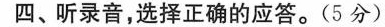
四、听录音,选择正确的应答.(5 分)